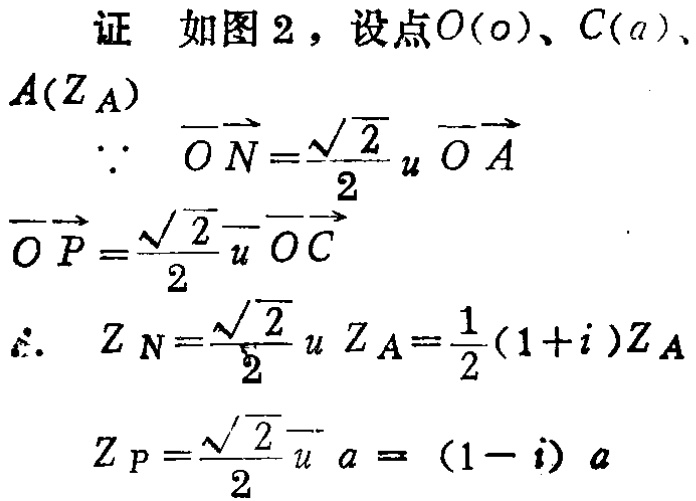
证 如图 2，设点\(O(o)\)、\(C(a)\)、\(A(Z_A)\)
\[
\begin{align*}
\because\overrightarrow{ON}&=\frac{\sqrt{2}}{2}u\overrightarrow{OA}\\
\overrightarrow{OP}&=\frac{\sqrt{2}}{2}\overline{u}\overrightarrow{OC}\\
\therefore Z_N&=\frac{\sqrt{2}}{2}uZ_A=\frac{1}{2}(1 + i)Z_A\\
Z_P&=\frac{\sqrt{2}}{2}\overline{u}a=(1 - i)a
\end{align*}
\]